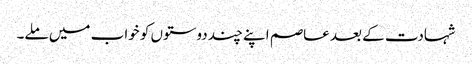
شہادت کے بعد عاصم اپنے چند دوستوں کو خواب میں ملے۔